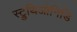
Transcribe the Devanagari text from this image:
स्ट्रुथिओनिडि